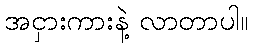
အငှားကားနဲ့ လာတာပါ။